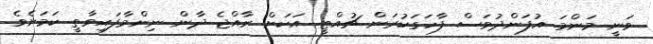
ވަނީ މަންމަ އުފަންދުވަސް ފާހަގަކުރަން ޗުއްޓީ އަކަށް ރާއްޖެ ދާން ނިންމާފައިވާތީ ކަމަށެވެ.